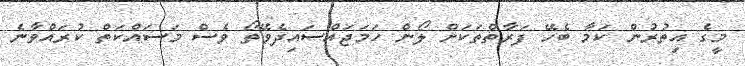
މީގެ އިތުރުން ކަމާ ބެހޭ ފަރާތްތަކަށް ލޯން ހަމަޖައްސައިދެވޭތޯ ވެސް މަސައްކަތް ކުރައްވާނެ